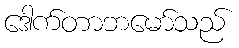
ဒေါက်တာဘမော်သည်